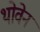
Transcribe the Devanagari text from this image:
थोवेन